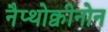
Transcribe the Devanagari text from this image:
नैप्थोक्वीनोन